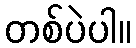
တစ်ပဲပါ။